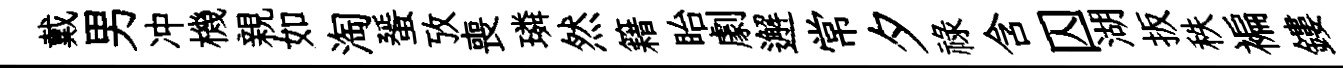
戴男冲機親如淘蜑攷喪璘然籍眙劇邂常夕祿含囚湖扳秩褊鏤